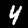
Digit: 4